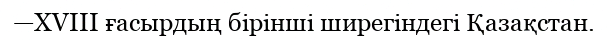
—XVIII ғасырдың бірінші ширегіндегі Қазақстан.